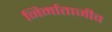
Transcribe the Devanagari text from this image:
निर्माताजीव